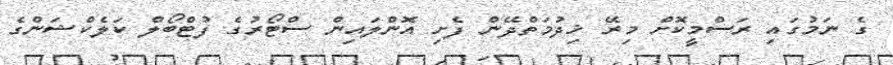
ގެ ނަމުގައި ރަސްމީކޮށް މިރޭ ޚިދުމަތްދޭން ފެށި އޮންލައިން ސްޓޯރުގެ ފުޓްބޯލް ކަލެކްޝަންގެ